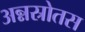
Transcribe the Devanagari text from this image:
अन्नस्रोतस